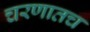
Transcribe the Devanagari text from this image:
चरणातच